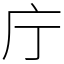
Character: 庁